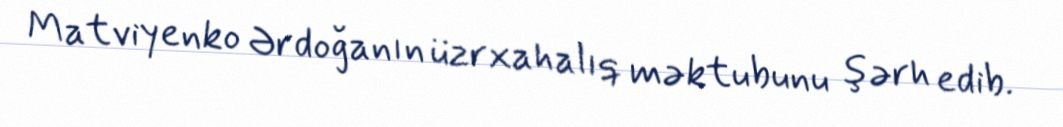
Matviyenko Ərdoğanın üzrxahalıq məktubunu şərh edib.